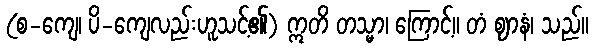
(စ-ကျေ၊ ပိ-ကျေလည်းဟူသင့်၏) ဣတိ တသ္မာ၊ ကြောင့်။ တံ ဈာနံ၊ သည်။